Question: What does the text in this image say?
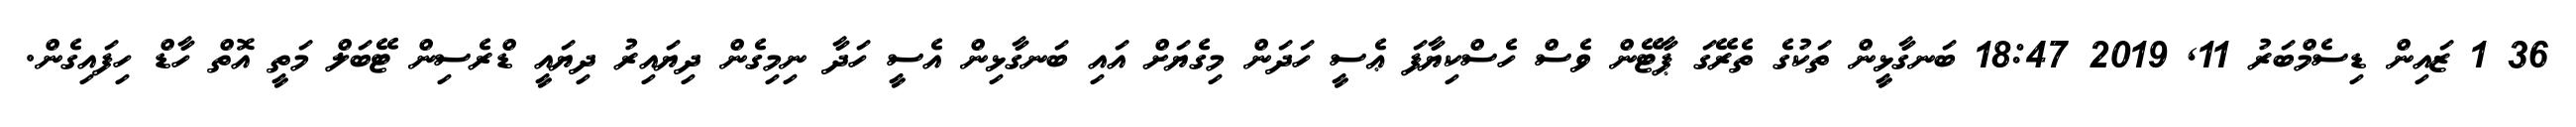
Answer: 36 1 ޒައިން ޑިސެމްބަރު 11, 2019 18:47 ބަނގާޅީން ތަކުގެ ތެރޭގަ ޕާޓޭން ވެސް ހެސްކިޔާފަ ޢެސީ ހަދަން މިގެޔަށް އައި ބަނގާޅިން އެސީ ހަދާ ނިމިގެން ދިޔައިރު ދިޔައީ ޑްރެސިން ޓޭބަލް މަތީ އޮތް ހާޑް ހިފައިގެން.